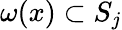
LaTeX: \omega(x)\subset S_{j}